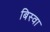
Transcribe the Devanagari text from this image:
बिस्‍वा